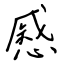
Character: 慼